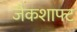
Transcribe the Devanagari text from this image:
जैकशाफ्ट